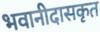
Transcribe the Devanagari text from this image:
भवानीदासकृत